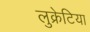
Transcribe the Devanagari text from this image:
लुक्रेटिया